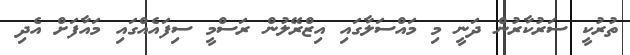
ތުރުކީ ސަރުކާރުން ދަނީ މި މައްސަލާގައި އިޒްރޭލުން ރަސްމީ ސިފައެއްގައި މައާފަށް އެދި